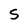
Character: S